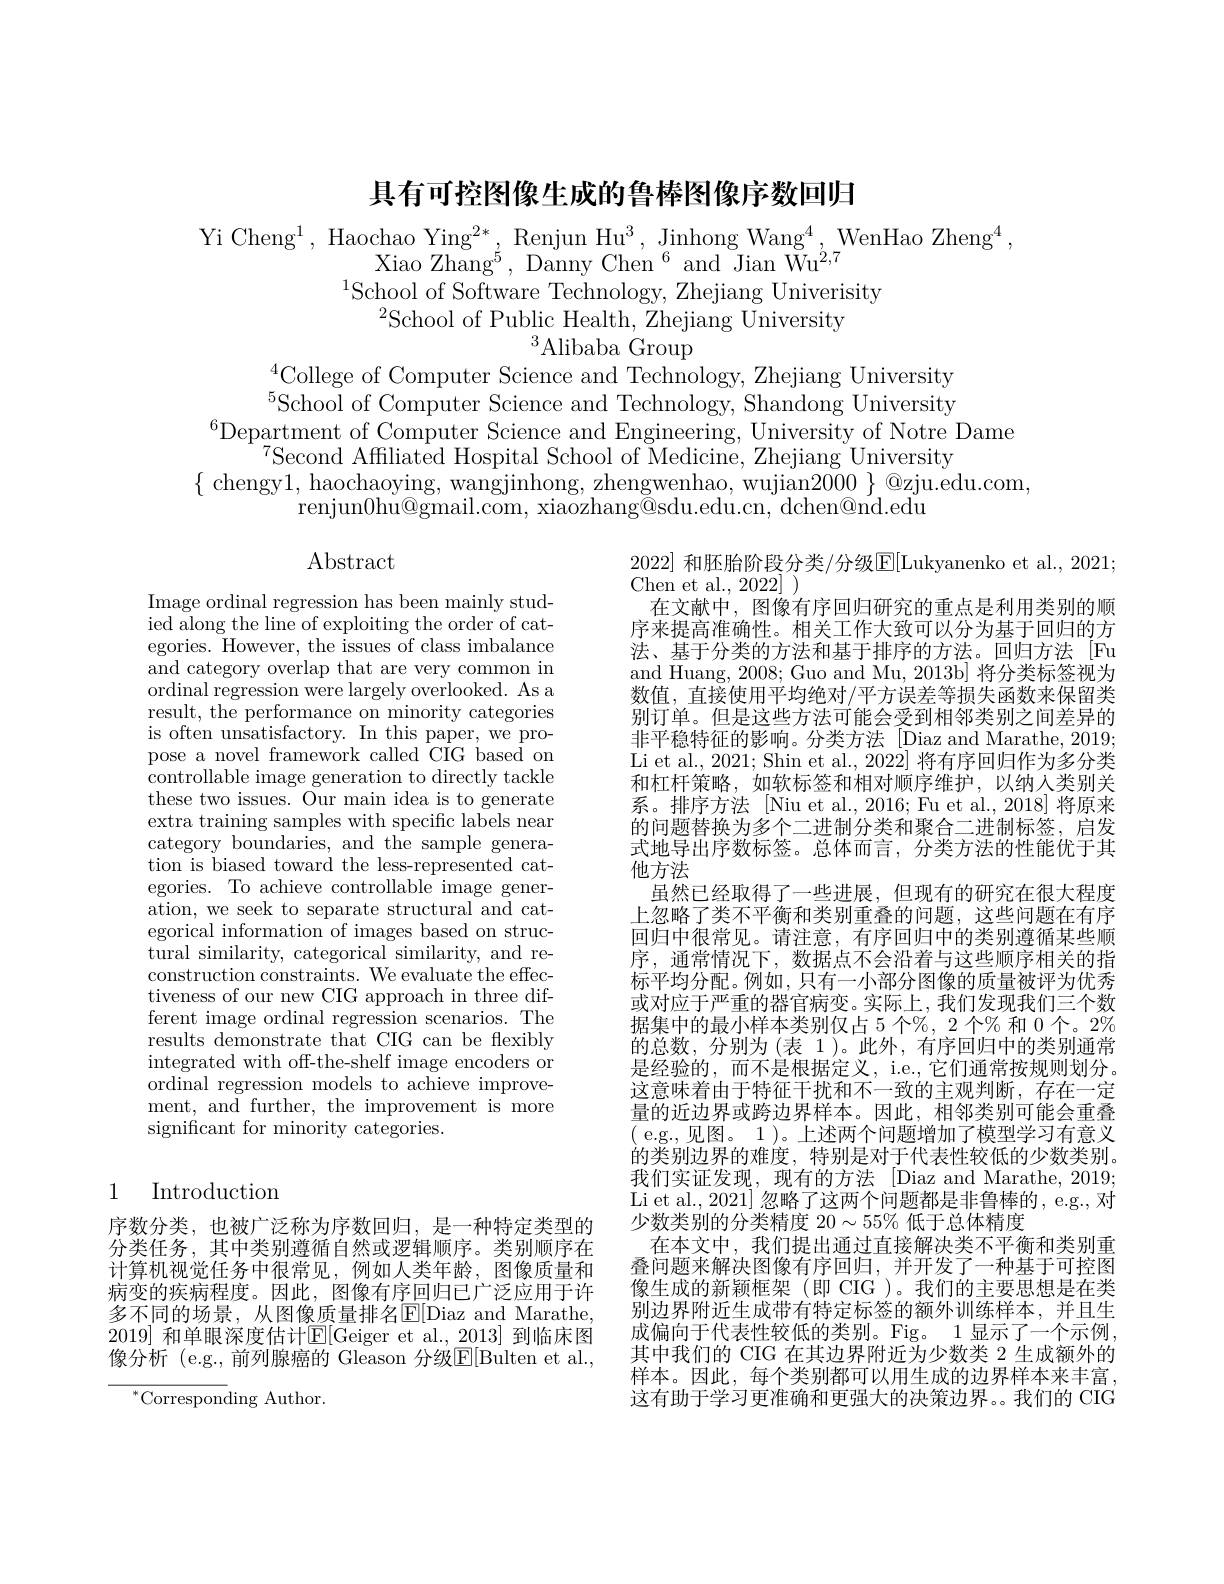
具有可控图像生成的鲁棒图像序数回归

Yi Cheng$^1$,Haochao Ying$^2*$,Renjun Hu$^3$, Jinhong Wang$^4$,WenHao Zheng$^4$,
Xiao Zhang$^{\textcircled{5}}$, Danny Chen$^{6}$ and Jian Wu$^{2,7}$
$^{1}$School of Software Technology, Zhejiang Univerisity
$^{2}$School of Public Health, Zhejiang University
$^3{\mathrm{Alibaba~Group}}$

$^{4}$College of Computer Science and Technology, Zhejiang University $^{5}$School of Computer Science and Technology, Shandong University
$^{6}$Department of Computer Science and Engineering, University of Notre Dame
$^{7}$Second Affiliated Hospital School of Medicine, Zhejiang University
$\{$ chengy1, haochaoying, wangjinhong, zhengwenhao, wujian$2000\}\otimes$zju.edu.com,
renjun0hu@gmail.com, xiaozhang@sdu.edu.cn, dchen@nd.edu

$\operatorname{Abstract}$

Image ordinal regression has been mainly studied along the line of exploiting the order of categories. However, the issues of class imbalance and category overlap that are very common in ordinal regression were largely overlooked. As a result, the performance on minority categories is often unsatisfactory. In this paper, we propose a novel framework called CiG based on controllable image generation to directly tackle these two issues. Our main idea is to generate extra training samples with specific labels near category boundaries, and the sample generation is biased toward the less-represented categories. To achieve controllable image generation, we seek to separate structural and categorical information of images based on structural similarity, categorical similarity, and reconstruction constraints. We evaluate the effectiveness of our new CIG approach in three different image ordinal regression scenarios. The results demonstrate that CIG can be flexibly integrated with off-the-shelf image encoders or ordinal regression models to achieve improvement, and further, the improvement is more significant for minority categories.

2022] 和胚胎阶段分类/分级$\mathbb{E}[$Lukyanenko et al., 2021;
Chen et al., 2022] )
在文献中，图像有序回归研究的重点是利用类别的顺序来提高准确性。相关工作大致可以分为基于回归的方法、基于分类的方法和基于排序的方法。回归方法[Fu and Huang, 2008; Guo and Mu, 2013b] 将分类标签视为数值，直接使用平均绝对/平方误差等损失函数来保留类别订单。但是这些方法可能会受到相邻类别之间差异的非平稳特征的影响。分类方法[Diaz and Marathe, 2019; Li et al., 2021; Shin et al., 2022] 将有序回归作为多分类和杠杆策略，如软标签和相对顺序维护，以纳人类别关系。排序方法 [Niu et al., 2016; Fu et al., 2018] 将原来的问题替换为多个二进制分类和聚合二进制标签，启发式地导出序数标签。总体而言，分类方法的性能优于其他方法
虽然已经取得了一些进展，但现有的研究在很大程度上忽略了类不平衡和类别重叠的问题，这些问题在有序回归中很常见。请注意，有序回归中的类别遵循某些顺序，通常情况下，数据点不会沿着与这些顺序相关的指标平均分配。例如，只有一小部分图像的质量被评为优秀或对应于严重的器官病变。实际上，我们发现我们三个数据集中的最小样本类别仅占 5 个%, 2 个% 和 0 个。2% 的总数，分别为(表 1)。此外，有序回归中的类别通常是经验的，而不是根据定义，i.e., 它们通常按规则划分。这意味着由于特征干扰和不一致的主观判断，存在一定量的近边界或跨边界样本。因此，相邻类别可能会重叠( e.g.,见图。1 )。上述两个问题增加了模型学习有意义的类别边界的难度，特别是对于代表性较低的少数类别。我们实证发现，现有的方法[Diaz and Marathe, 2019; Li et al., 2021] 忽略了这两个问题都是非鲁棒的，e.g., 对少数类别的分类精度 20$\sim55\%$低于总体精度
在本文中，我们提出通过直接解决类不平衡和类别重叠问题来解决图像有序回归，并开发了一种基于可控图像生成的新颖框架(即 CIG )。我们的主要思想是在类别边界附近生成带有特定标签的额外训练样本，并且生成偏向于代表性较低的类别。Fig。1 显示了一个示例， 其中我们的 CIG 在其边界附近为少数类 2 生成额外的样本。因此，每个类别都可以用生成的边界样本来丰富， 这有助于学习更准确和更强大的决策边界。我们的 CIG

## 1 Introduction

序数分类，也被广泛称为序数回归，是一种特定类型的分类任务，其中类别遵循自然或逻辑顺序。类别顺序在计算机视觉任务中很常见，例如人类年龄，图像质量和病变的疾病程度。因此，图像有序回归已广泛应用于许多不同的场景，从图像质量排名$\mathbb{E}[$Diaz and Marathe, 2019] 和单眼深度估计$\mathbb{E}[$Geiger et al.,$\underline2013]$ 到临床图像分析 (e.g.,前列腺癌的 Gleason 分级E$[ Bulten et al. $,

$^{*}$Corresponding Author.